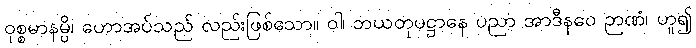
ဝုစ္စမာနမ္ပိ၊ ဟောအပ်သည် လည်းဖြစ်သော။ ဝါ၊ ဘယတုပဋ္ဌာနေ ပညာ အာဒီနဝေ ဉာဏံ၊ ဟူ၍